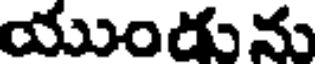
యుండును